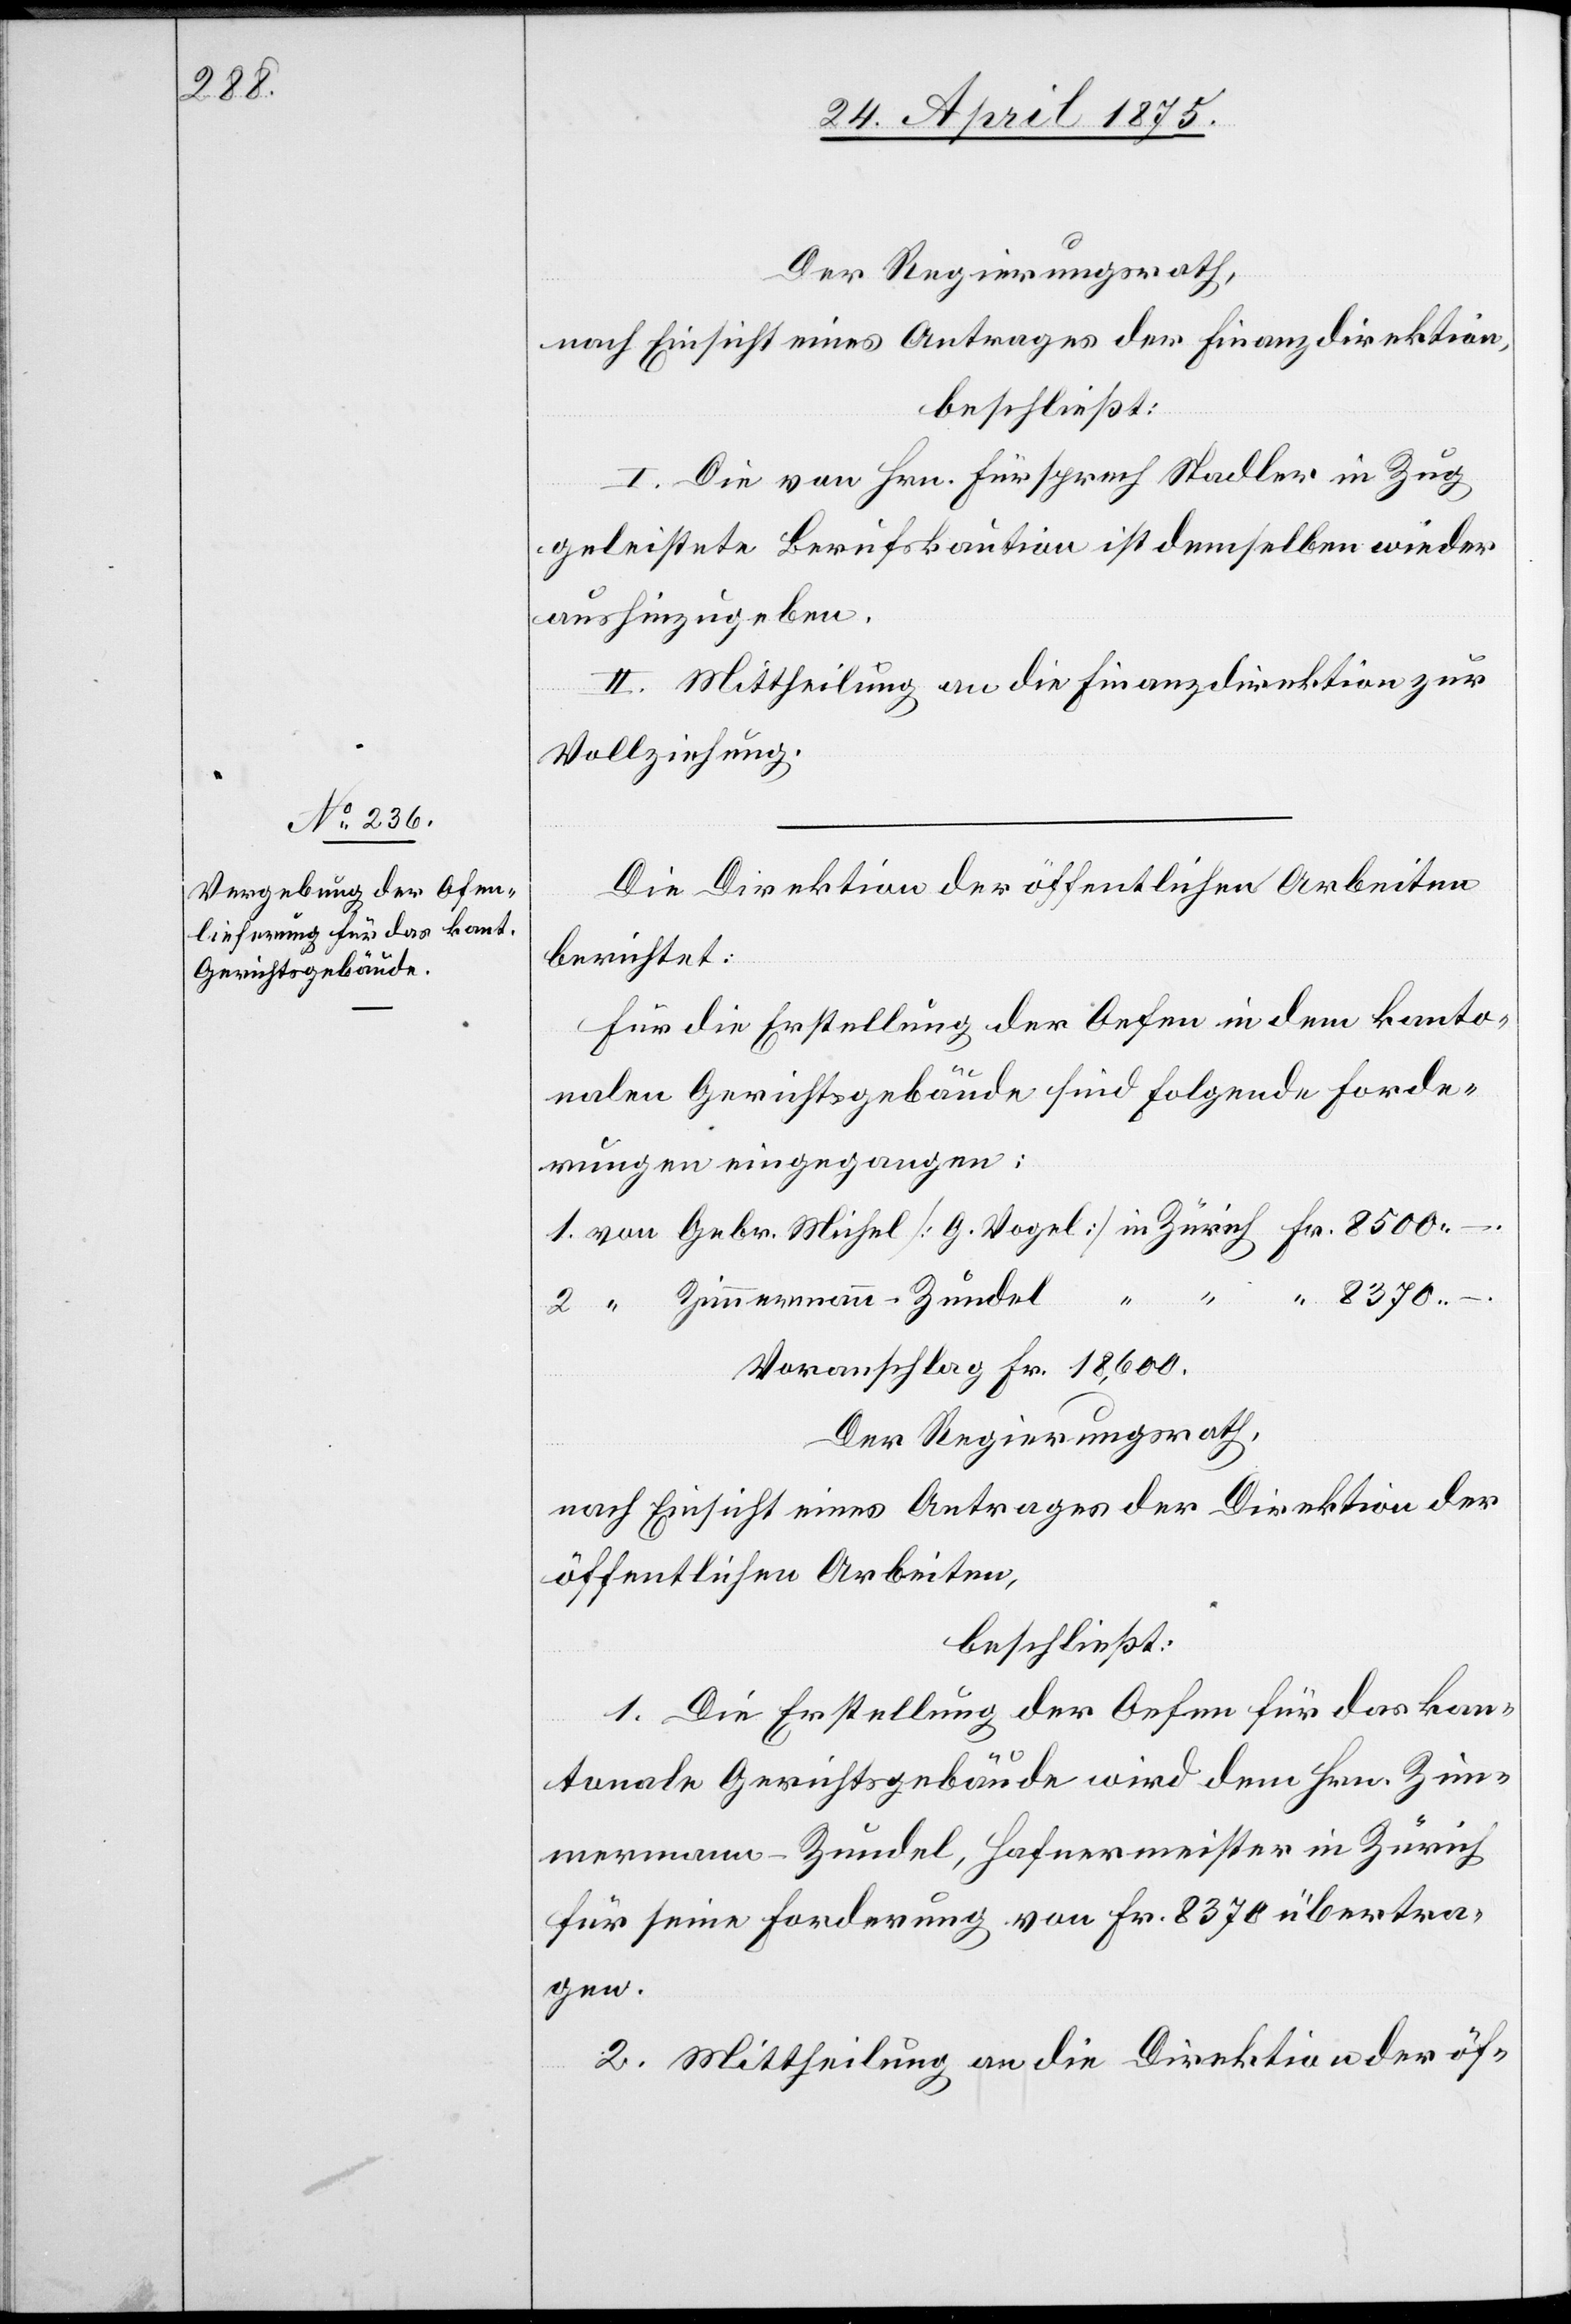
Der Regierungsrath,
mach Einsicht eines Antrages der Finanzdirektion,
beschließt:
I. Die von Hrn. Fürsprech Stadler in Zug
del
geleistete Berufskaution ist demselben wieder
aushinzugeben.
II. Mittheilung an die Finanzdirektion zur
Vollziehung.
Die Direktion der öffentlichen Arbeiten
berichtet:
Für die Erstellung der Oefen in dem kanto¬
nalen Gerichtsgebäude sind folgende Forde¬
rungen eingegangen:
–.
Zimmermann-Zun¬
Voranschlag Fr. 18,600.
Der Regierungsrath,
nach Einsicht eines Antrages der Direktion der
öffentlichen Arbeiten,
beschließt:
1. Die Erstellung der Oefen für das kan¬
tonale Gerichtsgebäude wird dem Hrn. Zim¬
mermann-Zundel, Hafnermeister in Zürich
für seine Forderung von Fr. 8370 übertra¬
gen.
2. Mittheilung an die Direktion der öf-